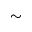
\sim